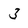
Character: 3